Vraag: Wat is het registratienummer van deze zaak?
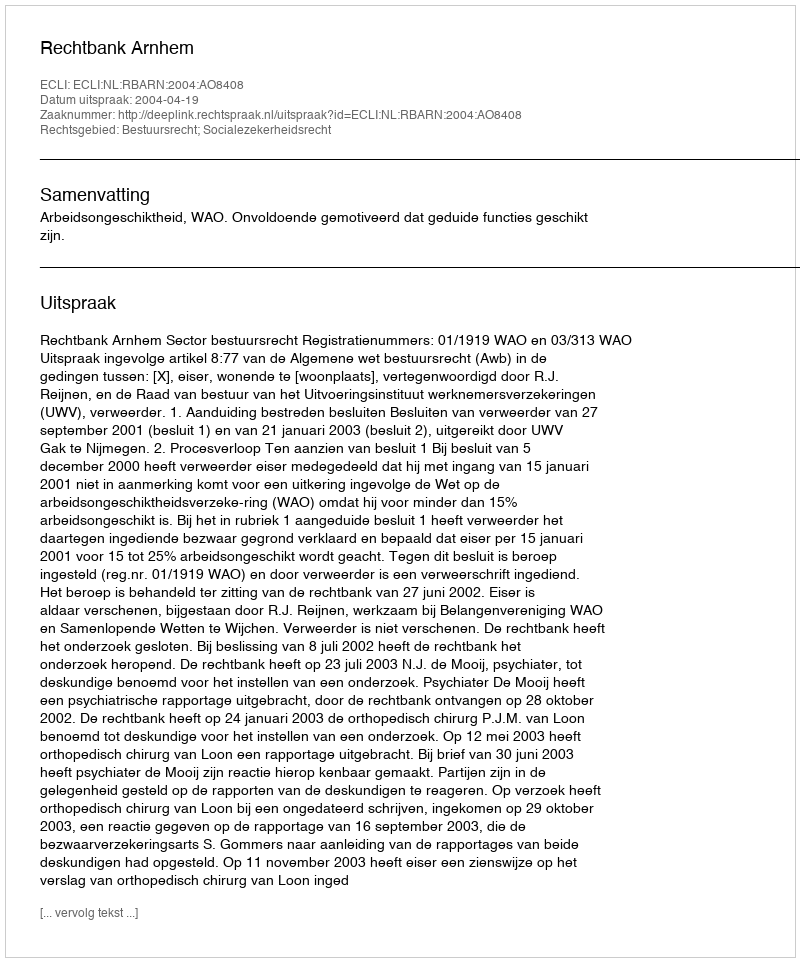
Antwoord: http://deeplink.rechtspraak.nl/uitspraak?id=ECLI:NL:RBARN:2004:AO8408